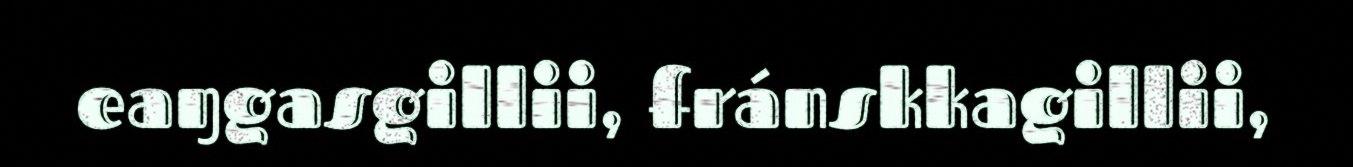
eaŋgasgillii, fránskkagillii,